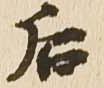
后